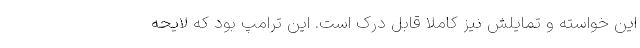
این خواسته و تمایلش نیز کاملا قابل درک است. این ترامپ بود که لایحه